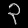
Digit: ၃